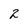
Character: 2